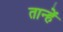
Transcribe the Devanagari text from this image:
तान्हें